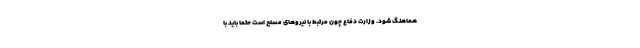
هماهنگ شود. وزارت دفاع چون مرتبط با نیروهای مسلح است حتماً باید با